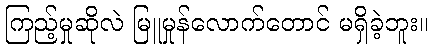
ကြည့်မှုဆိုလဲ မြူမှုန်လောက်တောင် မရှိခဲ့ဘူး။